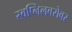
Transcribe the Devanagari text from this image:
स्वप्निलबरोबर